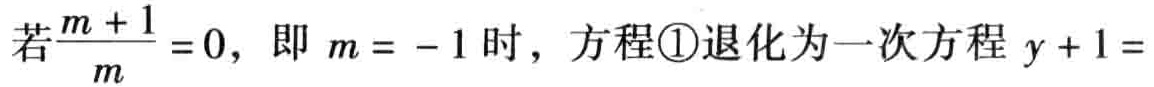
若$\frac{m + 1}{m} = 0$，即$m = - 1$时，方程\textcircled{1}退化为一次方程$y + 1 = $